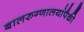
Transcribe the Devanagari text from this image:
बालरुग्णालयांपैकी